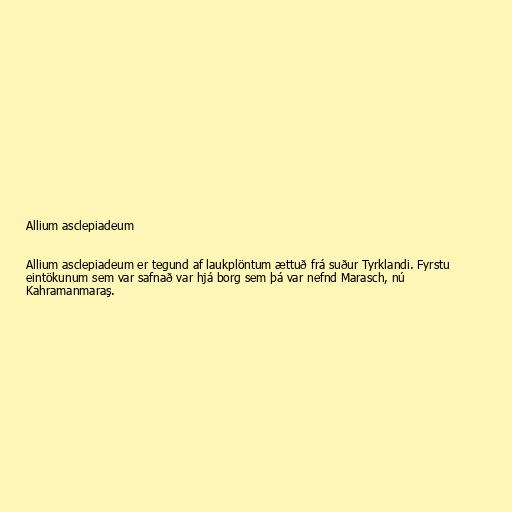
Allium asclepiadeum

Allium asclepiadeum er tegund af laukplöntum ættuð frá suður Tyrklandi. Fyrstu
eintökunum sem var safnað var hjá borg sem þá var nefnd Marasch, nú
Kahramanmaraş.